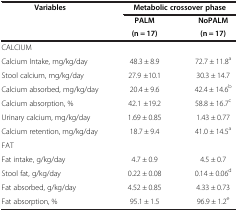
<table><thead><tr><td><b>Variables</b></td><td colspan="2"><b>Metabolic crossover phase</b></td></tr><tr><td><b> </b></td><td><b>PALM</b></td><td><b>NoPALM</b></td></tr><tr><td><b> </b></td><td><b>(n = 17)</b></td><td><b>(n = 17)</b></td></tr></thead><tbody><tr><td>CALCIUM</td><td> </td><td> </td></tr><tr><td>Calcium Intake, mg/kg/day</td><td>48.3 ± 8.9</td><td>72.7 ± 11.8<sup>a</sup></td></tr><tr><td>Stool calcium, mg/kg/day</td><td>27.9 ±10.1</td><td>30.3 ± 14.7</td></tr><tr><td>Calcium absorbed, mg/kg/day</td><td>20.4 ± 9.6</td><td>42.4 ± 14.6<sup>b</sup></td></tr><tr><td>Calcium absorption, %</td><td>42.1 ±19.2</td><td>58.8 ± 16.7<sup>c</sup></td></tr><tr><td>Urinary calcium, mg/kg/day</td><td>1.69 ± 0.85</td><td>1.43 ± 0.77</td></tr><tr><td>Calcium retention, mg/kg/day</td><td>18.7 ± 9.4</td><td>41.0 ± 14.5<sup>a</sup></td></tr><tr><td>FAT</td><td> </td><td> </td></tr><tr><td>Fat intake, g/kg/day</td><td>4.7 ± 0.9</td><td>4.5 ± 0.7</td></tr><tr><td>Stool fat, g/kg/day</td><td>0.22 ± 0.08</td><td>0.14 ± 0.06<sup>d</sup></td></tr><tr><td>Fat absorbed, g/kg/day</td><td>4.52 ± 0.85</td><td>4.33 ± 0.73</td></tr><tr><td>Fat absorption, %</td><td>95.1 ± 1.5</td><td>96.9 ± 1.2<sup>e</sup></td></tr></tbody></table>